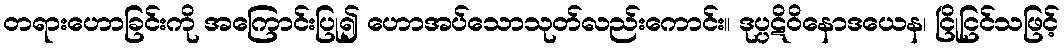
တရားဟောခြင်းကို အကြောင်းပြု၍ ဟောအပ်သောသုတ်လည်းကောင်း။ ဒုပ္ပဋိဝိနောဒယေန၊ ငြိုငြင်သဖြင့်